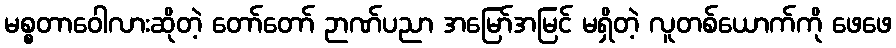
မစ္စတာဝေါလားဆိုတဲ့ တော်တော် ဉာဏ်ပညာ အမြော်အမြင် မရှိတဲ့ လူတစ်ယောက်ကို ဖေဖေ